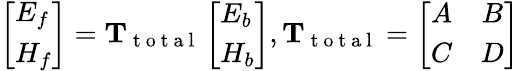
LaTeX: \left[\begin{array}{l}{E_{f}}\\ {H_{f}}\end{array}\right]=\mathrm{\mathbf{T}}_{\mathrm{~t~o~t~a~l~}}\left[\begin{array}{l}{E_{b}}\\ {H_{b}}\end{array}\right],\mathrm{\mathbf{T}}_{\mathrm{~t~o~t~a~l~}}=\left[\begin{array}{cc}{A}&{B}\\ {C}&{D}\end{array}\right]